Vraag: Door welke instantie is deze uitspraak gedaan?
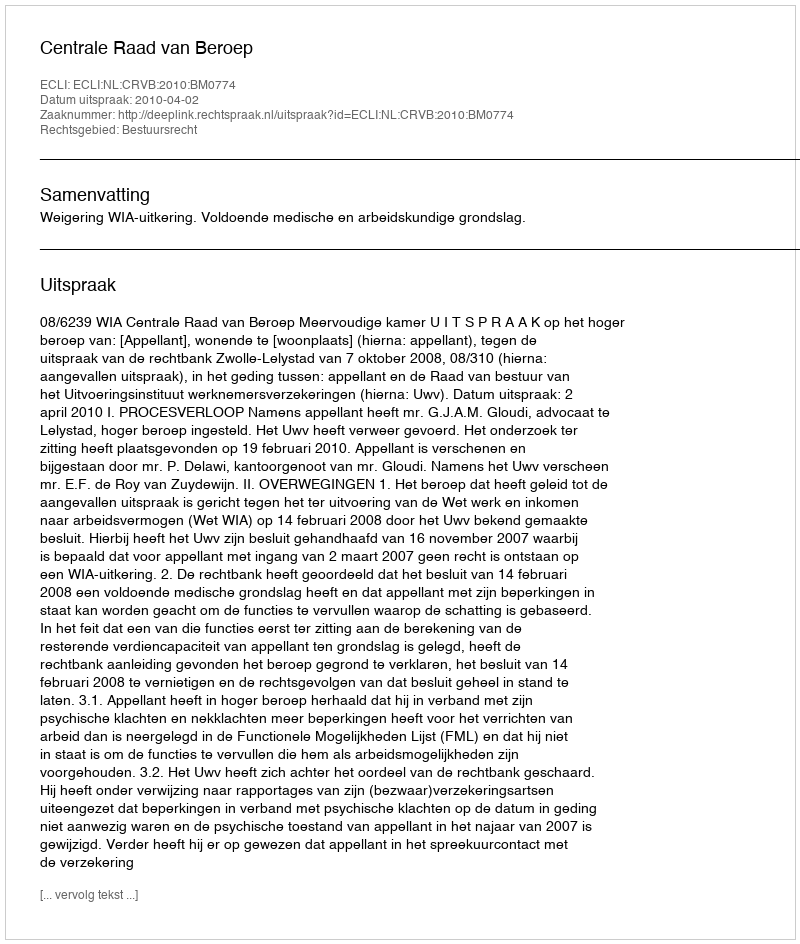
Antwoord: Centrale Raad van Beroep